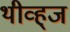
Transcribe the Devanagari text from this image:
थीव्ह्‌ज